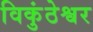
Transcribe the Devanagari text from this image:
विकुंठेश्वर